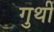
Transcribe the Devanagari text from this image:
गुथीं